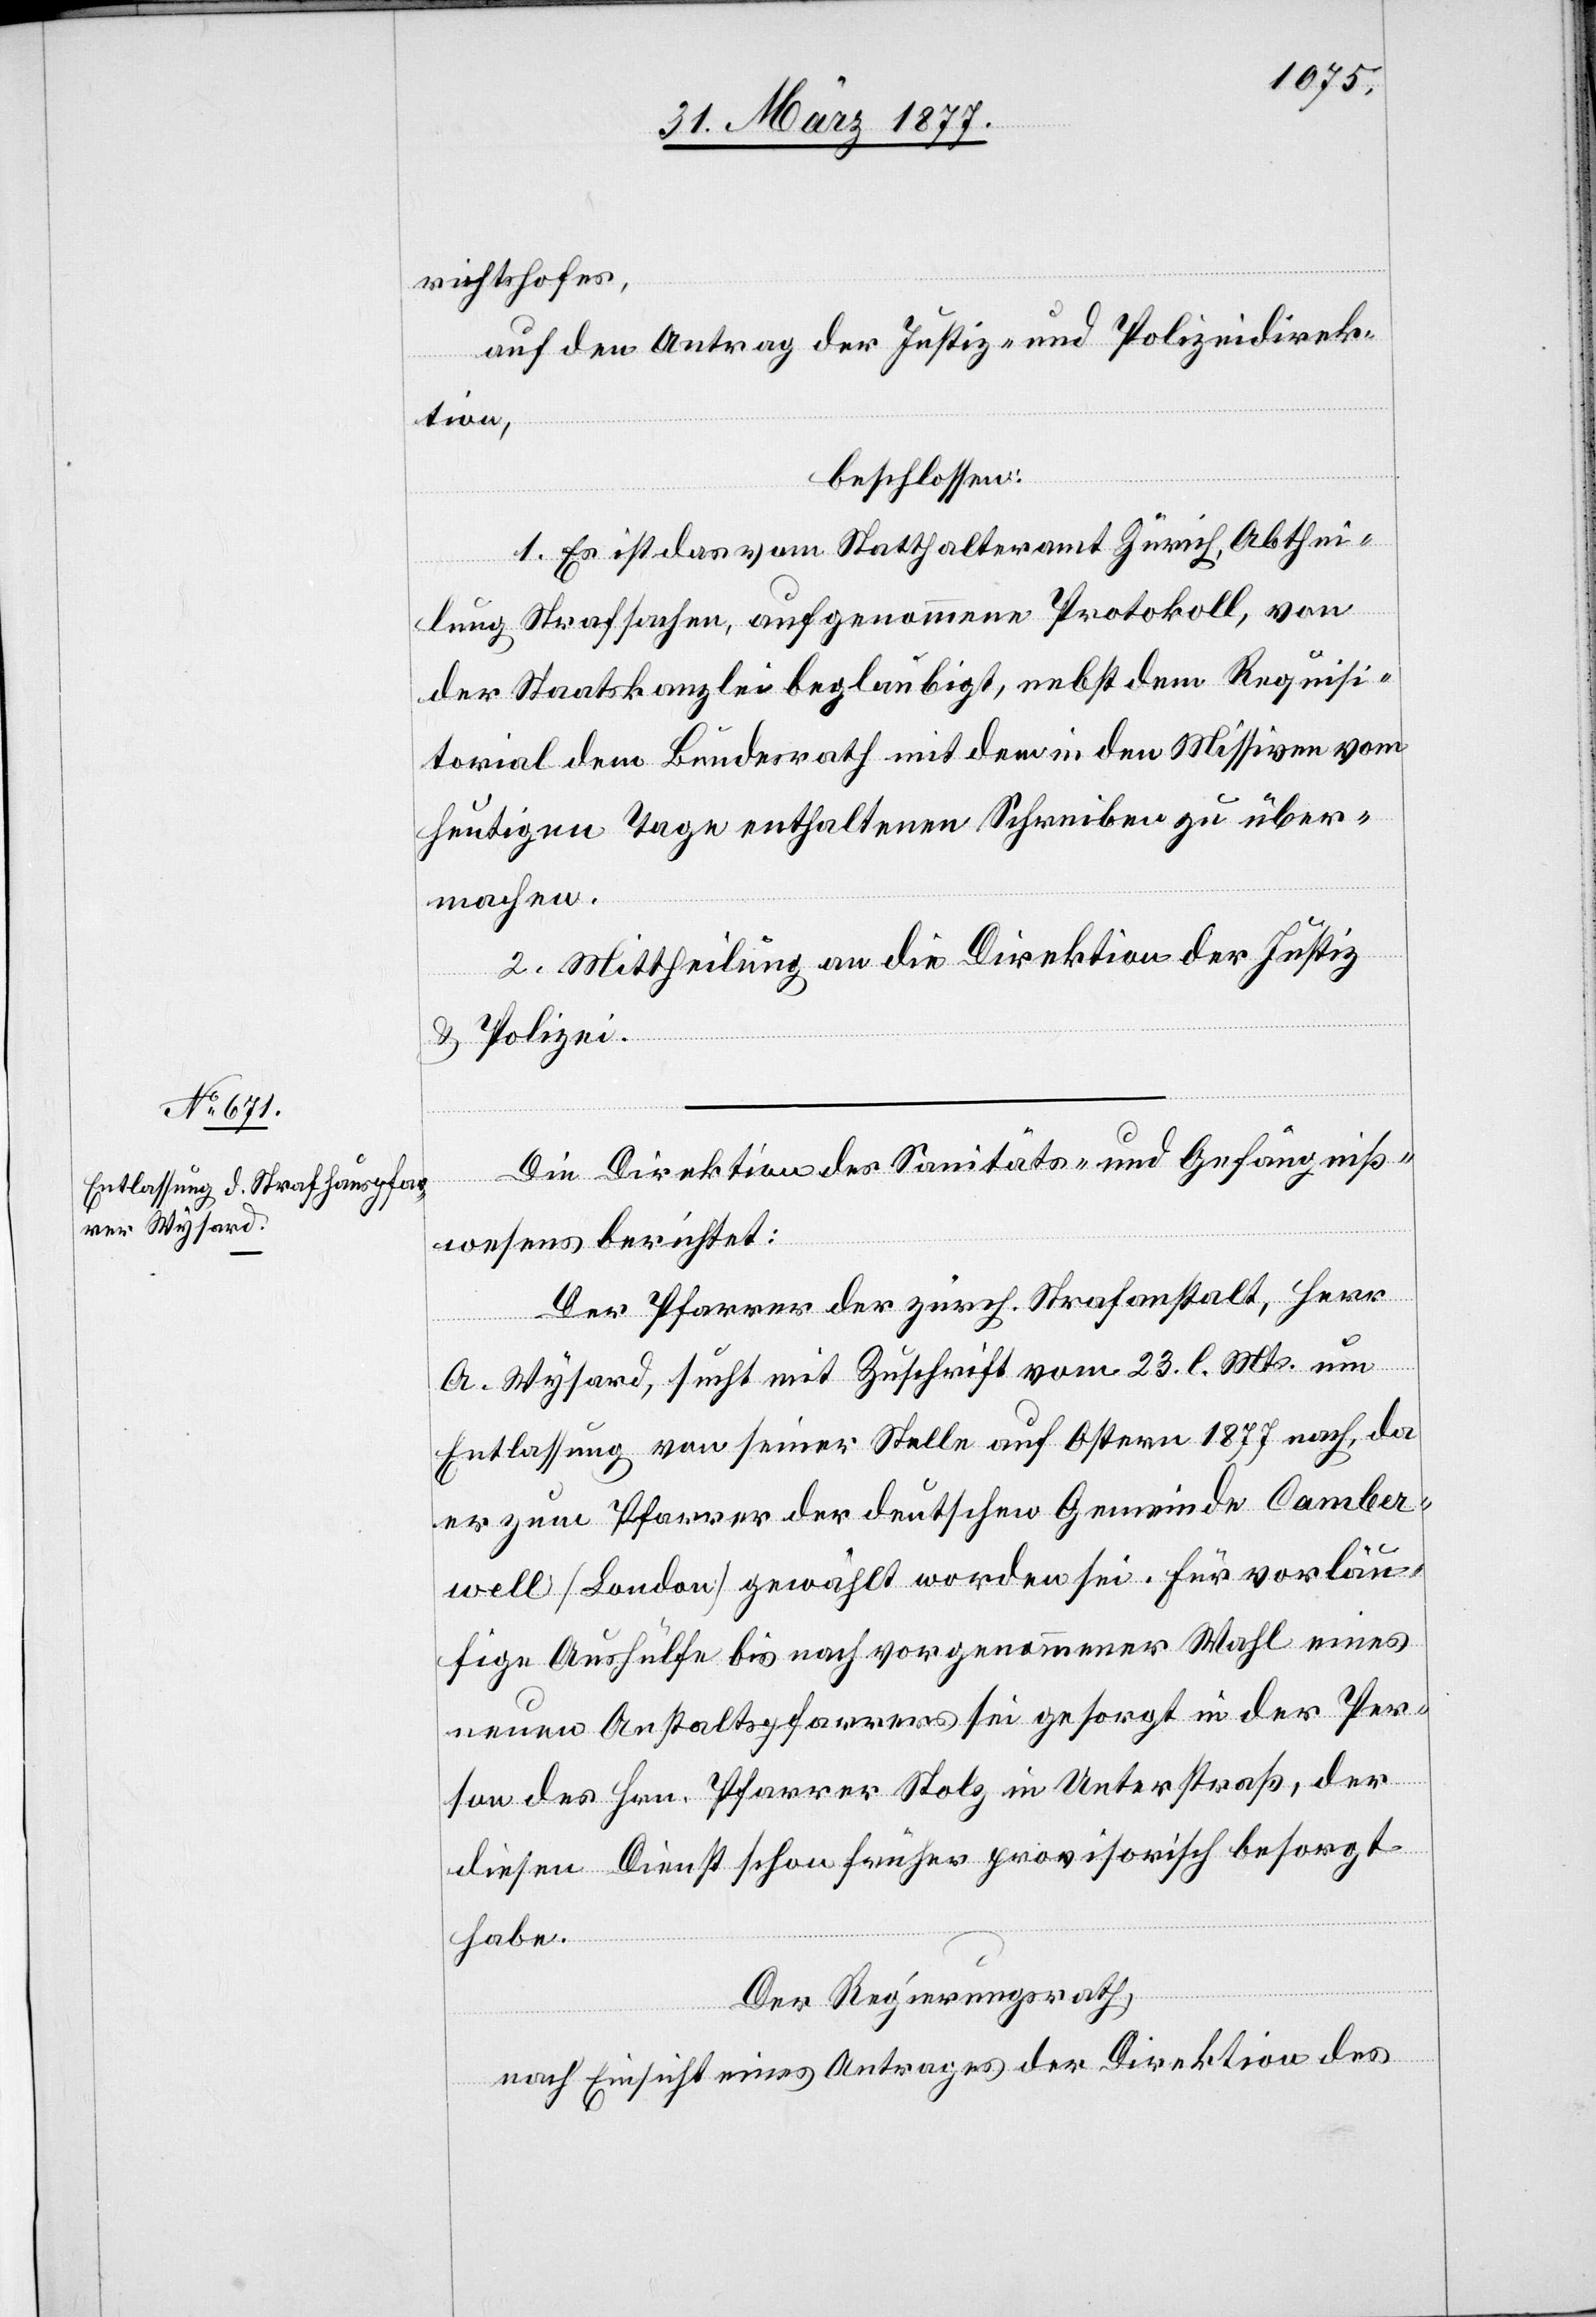
richtshofes,
auf den Antrag der Justiz- und Polizeidirek¬
tion,
beschlossen:
1. Es ist das vom Statthalteramt Zürich, Abthei¬
lung Strafsachen, aufgenommene Protokoll, von
der Staatskanzlei beglaubigt, nebst dem Requisi¬
torial dem Bundesrath mit dem in den Missiven vom
heutigen Tage enthaltenen Schreiben zu über¬
machen.
2. Mittheilung an die Direktion der Justiz
& Polizei.
Die Direktion des Sanitäts- und Gefängniß¬
wesens berichtet:
Der Pfarrer der zürch. Strafanstalt, Herr
A. Wysard, sucht mit Zuschrift vom 23. l. Mts. um
Entlassung von seiner Stelle auf Ostern 1877 nach, da
er zum Pfarrer der deutschen Gemeinde Camer¬
well [London] gewählt worden sei. Für vorläu¬
fige Aushülfe bis nach vorgenommener Wahl eines
neuen Anstaltspfarrers sei gesorgt mit der Per¬
son des Hrn. Pfarrer Stolz in Unterstraß, der
diesen Dienst schon früher provisorisch besorgt
habe.
Der Regierungsrath,
nach Einsicht eines Antrages der Direktion des